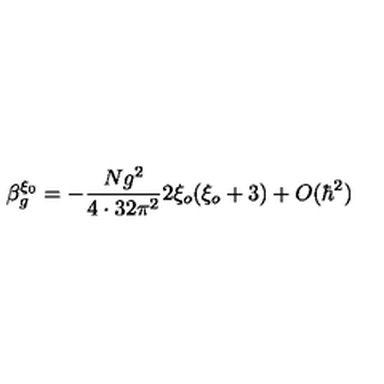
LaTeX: \beta _ { g } ^ { \xi _ { 0 } } = - \frac { N g ^ { 2 } } { 4 \cdot 3 2 \pi ^ { 2 } } 2 \xi _ { o } ( \xi _ { o } + 3 ) + O ( \hbar ^ { 2 } )